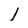
Character: I